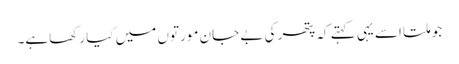
جو ملتا اسے یہی کہتے کہ پتھر کی بے جان مورتوں میں کیا رکھاہے۔